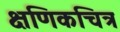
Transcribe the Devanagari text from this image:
क्षणिकचित्र